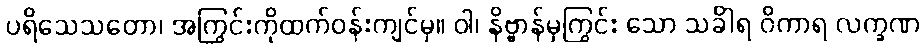
ပရိသေသတော၊ အကြွင်းကိုထက်ဝန်းကျင်မှ။ ဝါ၊ နိဗ္ဗာန်မှကြွင်း သော သင်္ခါရ ဝိကာရ လက္ခဏ